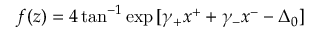
f ( z ) = 4 \tan ^ { - 1 } \exp { [ \gamma _ { + } x ^ { + } + \gamma _ { - } x ^ { - } - \Delta _ { 0 } ] }